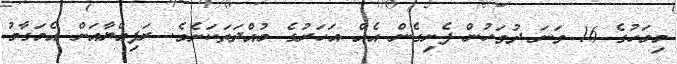
މިމަހުގެ 16 ވަނަ ދުވަހުން ފެށިގެން އެއް އަހަރުގެ މުއްދަތަކަށެވެ. ރަފިއްޔާއަށް އެމަގާމު